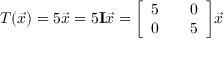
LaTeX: T ( { \vec { x } } ) = 5 { \vec { x } } = 5 \mathbf { I } { \vec { x } } = { \left[ \begin{array} { l l l } { 5 } & { } & { 0 } \\ { 0 } & { } & { 5 } \end{array} \right] } { \vec { x } }